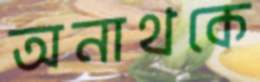
অনাথকে